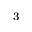
^ 3